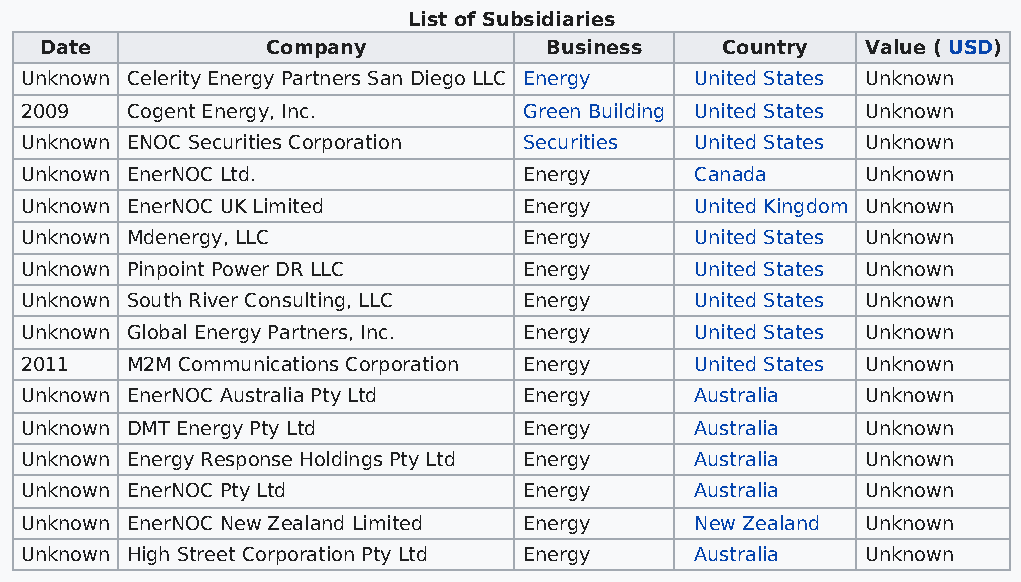
List of Subsidiaries
 Date           Company           Business    Country  Value ( USD)
 Unknown Celerity Energy Partners San Diego LLC Energy United States Unknown
 2009   Cogent Energy, Inc.        Green Building United States Unknown
 Unknown ENOC Securities Corporation Securities United States Unknown
 Unknown EnerNOC Ltd.              Energy     Canada     Unknown
 Unknown EnerNOC UK Limited        Energy     United Kingdom Unknown
 Unknown Mdenergy, LLC             Energy     United States Unknown
 Unknown Pinpoint Power DR LLC     Energy     United States Unknown
 Unknown South River Consulting, LLC Energy   United States Unknown
 Unknown Global Energy Partners, Inc. Energy  United States Unknown
 2011   M2M Communications Corporation Energy United States Unknown
 Unknown EnerNOC Australia Pty Ltd Energy     Australia  Unknown
 Unknown DMT Energy Pty Ltd        Energy     Australia  Unknown
 Unknown Energy Response Holdings Pty Ltd Energy Australia Unknown
 Unknown EnerNOC Pty Ltd           Energy     Australia  Unknown
 Unknown EnerNOC New Zealand Limited Energy   New Zealand Unknown
 Unknown High Street Corporation Pty Ltd Energy Australia Unknown